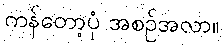
ကန်တော့ပုံ အစဉ်အလာ။